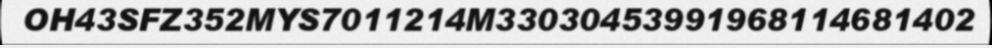
OH43SFZ352MYS7011214M33030453991968114681402